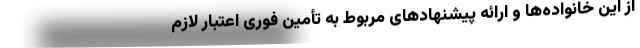
از این خانواده‌ها و ارائه پیشنهاد‌های مربوط به تأمین فوری اعتبار لازم